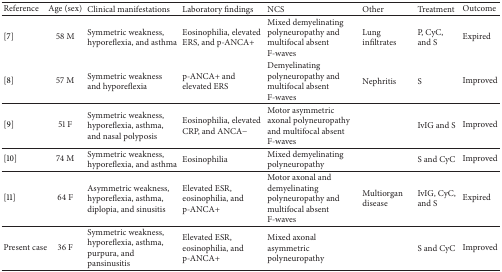
<table><thead><tr><td><b>Reference</b></td><td><b>Age (sex)</b></td><td><b>Clinical manifestations</b></td><td><b>Laboratory findings </b></td><td><b>NCS</b></td><td><b>Other </b></td><td><b>Treatment</b></td><td><b>Outcome </b></td></tr></thead><tbody><tr><td>[7]</td><td>58 M</td><td>Symmetric weakness, hyporeflexia, and asthma</td><td>Eosinophilia, elevated ERS, and p-ANCA+</td><td>Mixed demyelinating polyneuropathy and multifocal absent F-waves</td><td>Lung infiltrates</td><td>P, CyC, and S</td><td>Expired</td></tr><tr><td>[8]</td><td>57 M</td><td>Symmetric weakness and hyporeflexia </td><td>p-ANCA+ and elevated ERS</td><td>Demyelinating polyneuropathy and multifocal absent F-waves</td><td>Nephritis</td><td>S</td><td>Improved</td></tr><tr><td>[9]</td><td>51 F</td><td>Symmetric weakness, hyporeflexia, asthma, and nasal polyposis</td><td>Eosinophilia, elevated CRP, and ANCA−</td><td>Motor asymmetric axonal polyneuropathy and multifocal absent F-waves </td><td> </td><td>IvIG and S</td><td>Improved</td></tr><tr><td>[10]</td><td>74 M</td><td>Symmetric weakness, hyporeflexia, and asthma</td><td>Eosinophilia</td><td>Mixed demyelinating polyneuropathy</td><td> </td><td>S and CyC</td><td>Improved</td></tr><tr><td>[11]</td><td>64 F</td><td>Asymmetric weakness, hyporeflexia, asthma, diplopia, and sinusitis</td><td>Elevated ESR, eosinophilia, and p-ANCA+</td><td>Motor axonal and demyelinating polyneuropathy and multifocal absent F-waves </td><td>Multiorgan disease</td><td>IvIG, CyC, and S</td><td>Expired</td></tr><tr><td>Present case</td><td>36 F</td><td>Symmetric weakness, hyporeflexia, asthma, purpura, and pansinusitis</td><td>Elevated ESR, eosinophilia, and p-ANCA+</td><td>Mixed axonal asymmetric polyneuropathy</td><td> </td><td>S and CyC</td><td>Improved</td></tr></tbody></table>